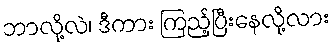
ဘာလို့လဲ၊ ဒီကား ကြည့်ပြီးနေလို့လား